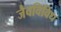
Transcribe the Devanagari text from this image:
जैवविविध